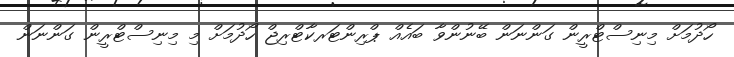
ހޯދުމަށް މިނިސްޓްރީން ގަންނަން ބޭނުންވާ ބައެއް ޕްރިންޓަރކާޓްރިޖް ހޯދުމަށް މި މިނިސްޓްރީން ގަންނަން